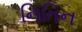
નિતિન